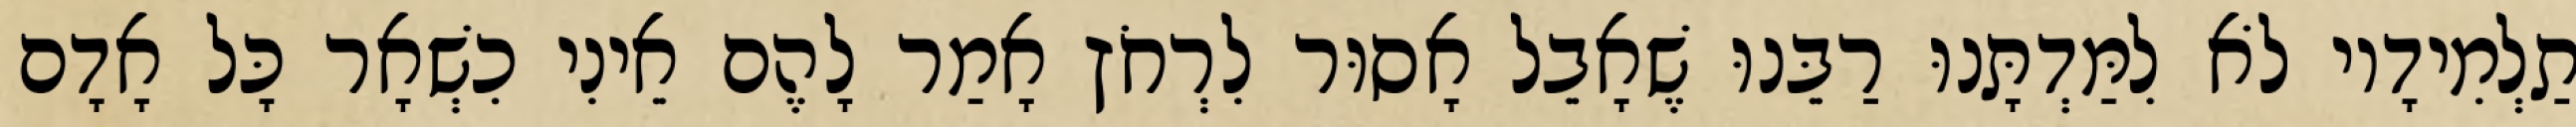
תַלְמִידָיו לֹא לִמַּדְתָּנוּ רַבֵּנוּ שֶׁאָבֵל אָסוּר לִרְחֹץ אָמַר לָהֶם אֵינִי כִשְׁאָר כָּל אָדָם